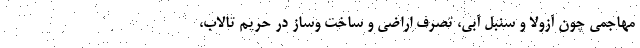
مهاجمی چون آزولا و سنبل آبی، تصرف اراضی و ساخت وساز در حریم تالاب،